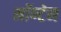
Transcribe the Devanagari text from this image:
मॉण्टेन